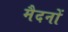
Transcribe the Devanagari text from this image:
मैदनों